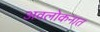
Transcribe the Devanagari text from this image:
अवलोकनात